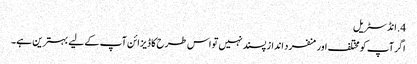
4. ​انڈسٹریل
اگر آپ کو مختلف اور منفرد انداز پسند نہیں تو اس طرح کا ڈیزائن آپ کے لیے بہترین ہے۔